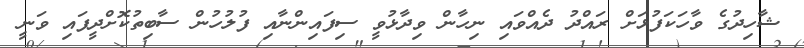
ޝާހިދުގެ ވާހަކަފުޅަށް ރައްދު ދެއްވައި ނިހާން ވިދާޅުވީ ސިފައިންނާއި ފުލުހުން ސާބިތުކޮށްދީފައި ވަނީ